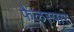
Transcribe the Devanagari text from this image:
फैलस्पार